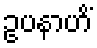
ဥပနာဟိံ